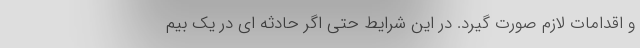
و اقدامات لازم صورت گیرد. در این شرایط حتی اگر حادثه ای در یک بیم